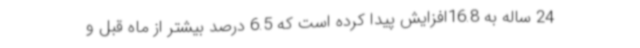
24 ساله به 16.8افزایش پیدا کرده است که 6.5 درصد بیشتر از ماه قبل و